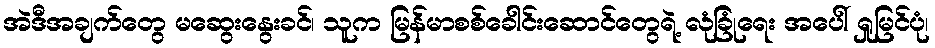
အဲဒီအချက်တွေ မဆွေးနွေးခင်၊ သူက မြန်မာစစ်ခေါင်းဆောင်တွေရဲ့ လုံခြုံရေး အပေါ် ရှုမြင်ပုံ၊